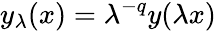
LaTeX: y_{\lambda}(x)=\lambda^{-q}y(\lambda x)